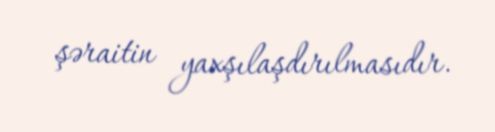
şəraitin yaxşılaşdırılmasıdır.